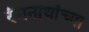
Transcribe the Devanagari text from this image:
रंगनाथांच्या